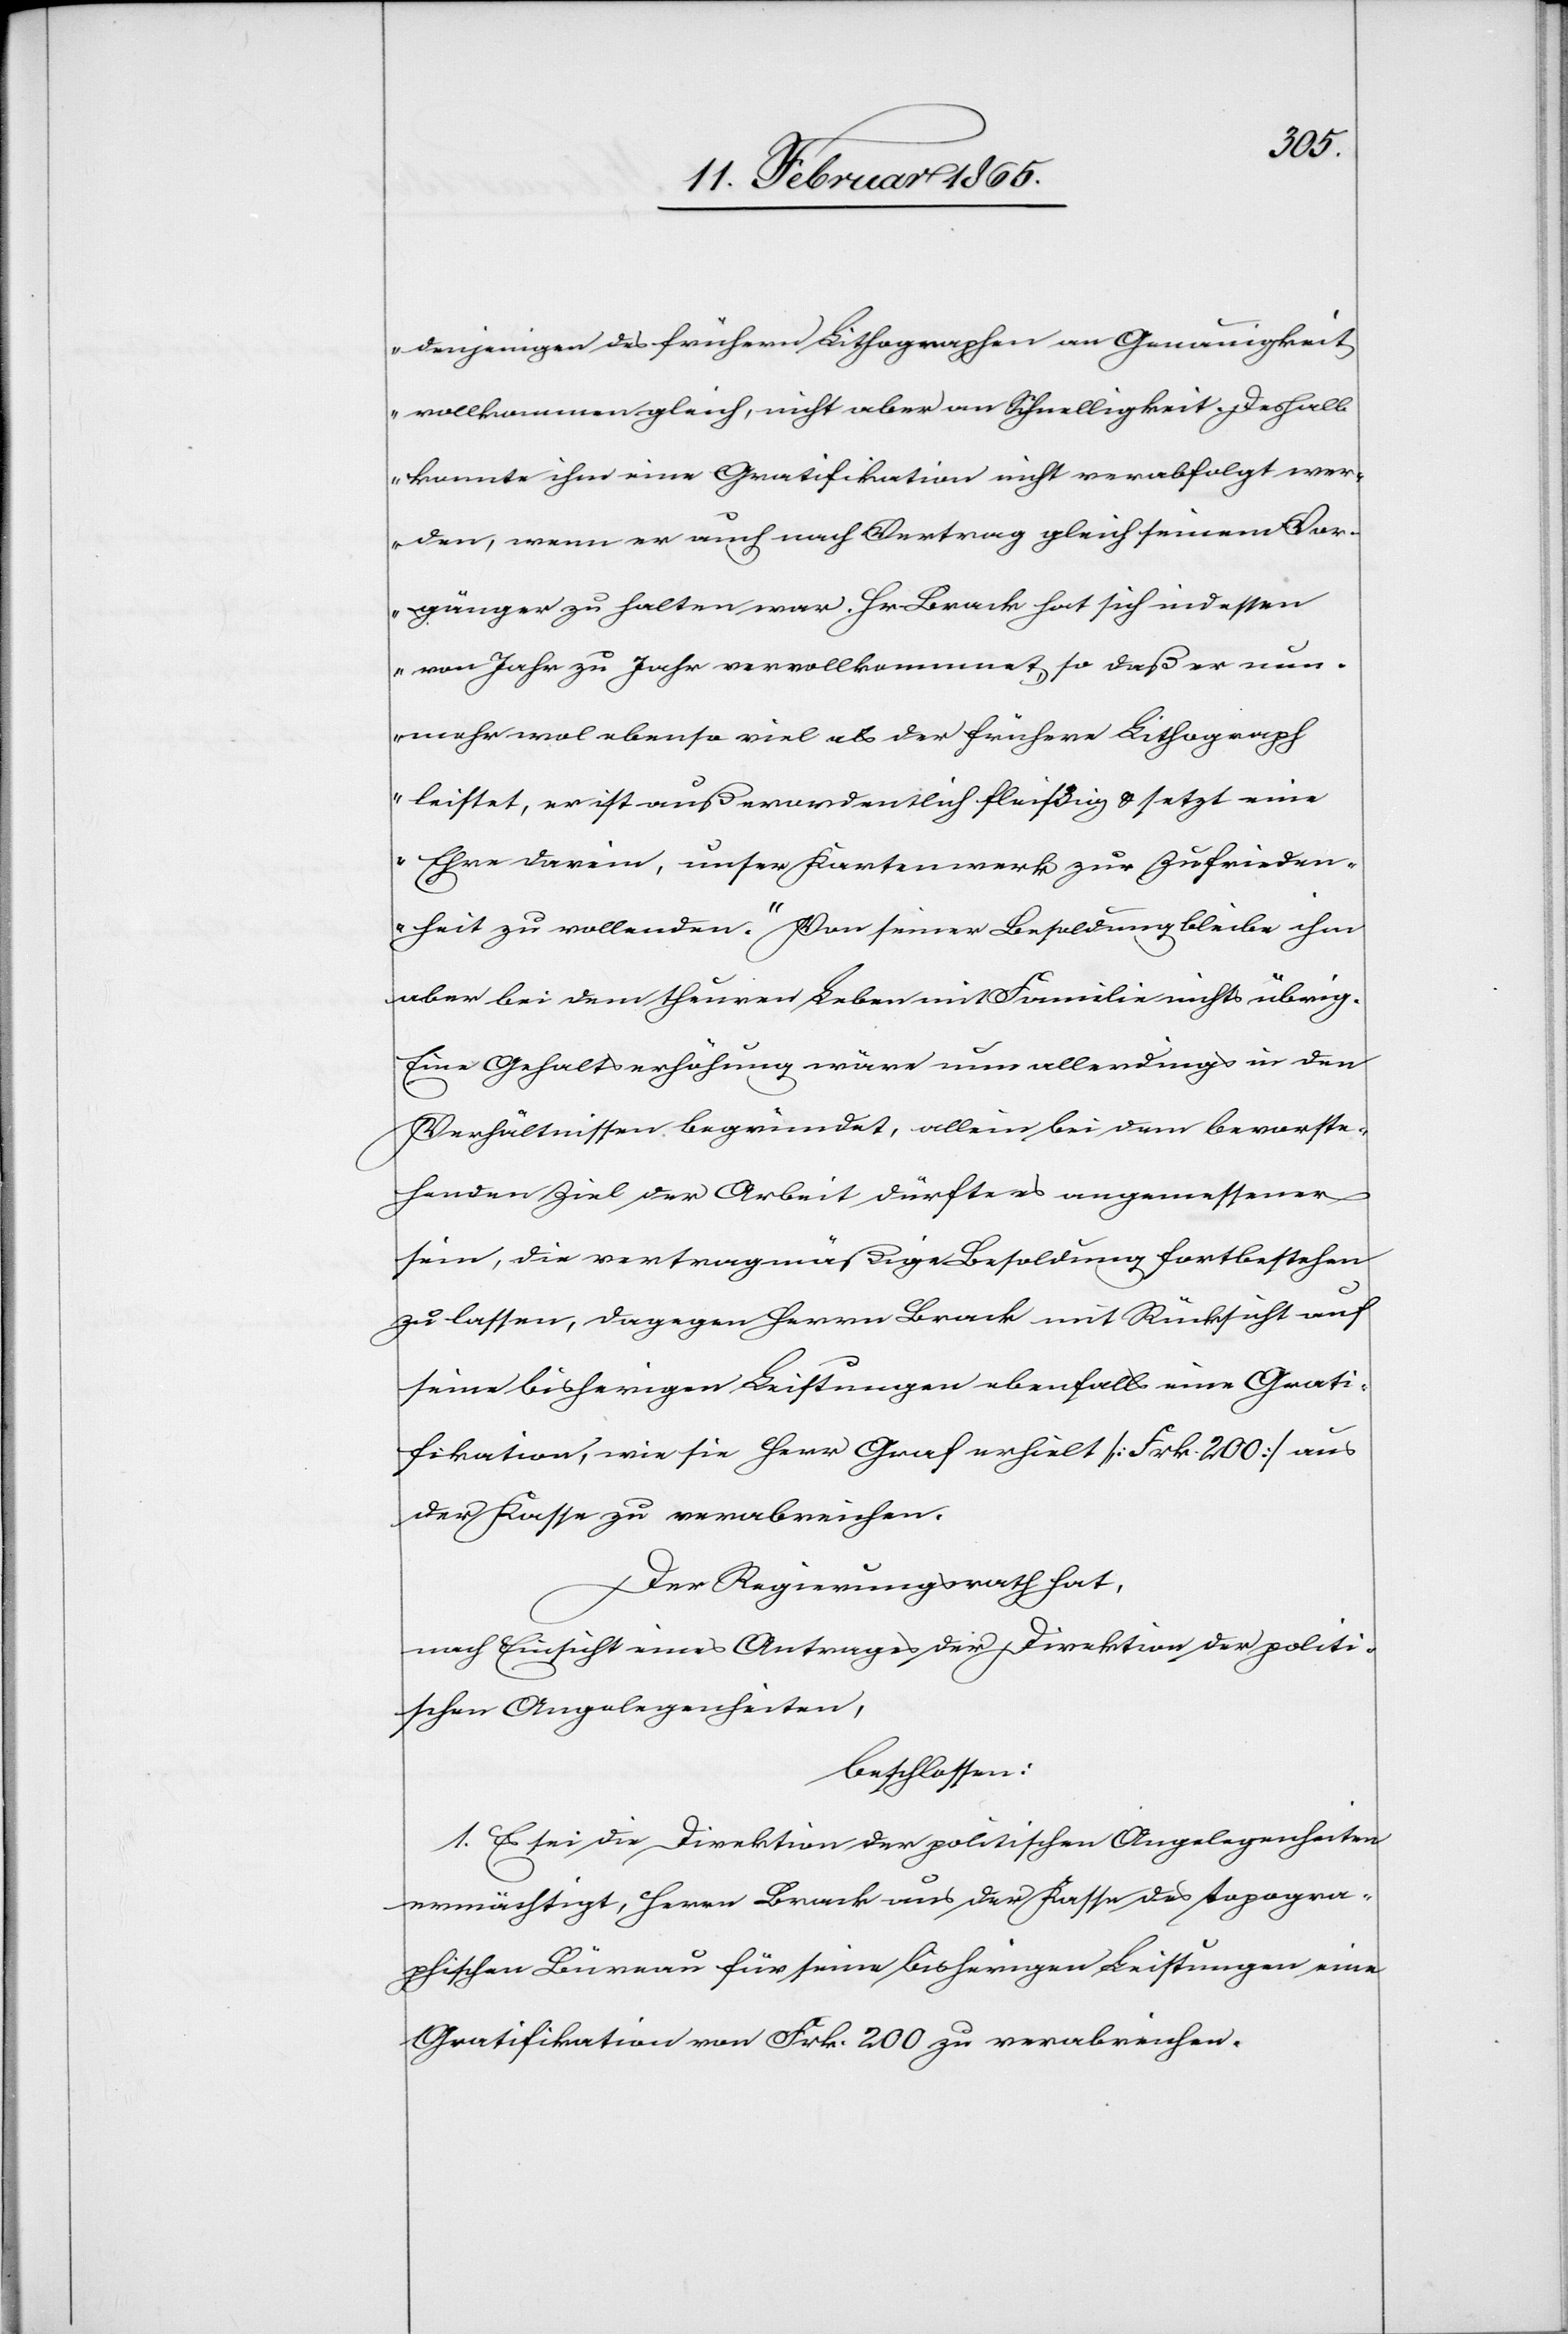
denjenigen des frühern Lithographen an Genauigkeit
vollkommen gleich, nicht aber an Schnelligkeit. Deshalb
konnte ihm eine Gratifikation nicht verabfolgt wer¬
den, wenn er auch nach Vertrag gleich seinem Vor¬
gänger zu halten war. Hr Brack hat sich indessen
von Jahr zu Jahr vervollkommnet, so daß er nun¬
mehr wol ebenso viel als der frühere Lithograph
leistet, er ist außerordentlich fleißig u. setzt eine
Ehre darein, unser Kartenwerk zur Zufrieden¬
heit zu vollenden.“ Von seiner Besoldung bleibe ihm
aber bei dem theuren Leben mit Familie nichts übrig.
Eine Gehaltserhöhung wäre nun allerdings in den
Verhältnissen begründet, allein bei dem bevorste¬
henden Ziel der Arbeit dürfte es angemessener
sein, die vertragmäßige Besoldung fortbestehen
zu lassen, dagegen Herrn Brack mit Rücksicht auf
seine bisherigen Leistungen ebenfalls eine Grati¬
fikation, wie sie Herr Graf erhielt [Frk. 200] aus
der Kasse zu verabreichen.
Der Regierungsrath hat,
nach Einsicht eines Antrages der Direktion der politi¬
schen Angelegenheiten,
beschlossen:
1. Es sei die Direktion der politischen Angelegenheiten
ermächtigt, Herrn Brack aus der Kasse des topogra¬
phischen Büreau für seine bisherigen Leistungen eine
Gratifikation von Frk. 200 zu verabreichen.